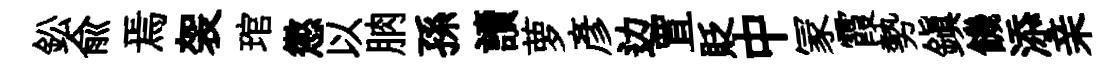
鈆俞焉袈琯懲以朒孫讀萝彦边罝貶中冡霞勢鎭饑添亲